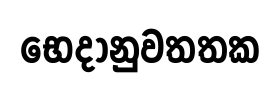
භෙදානුවතතක